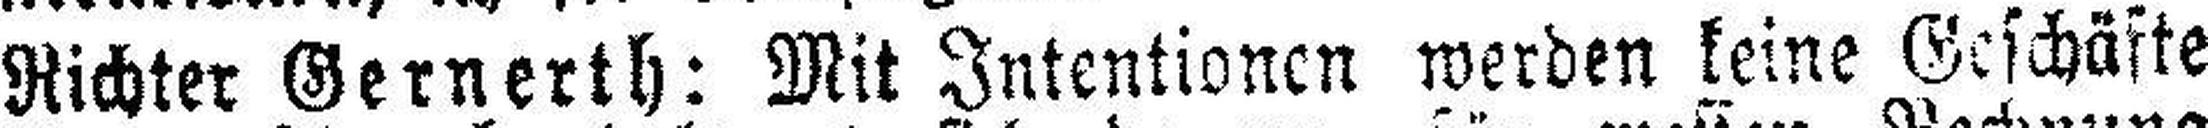
Richter Gernerth: Mit Intentionen werden keine Geschäfte